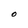
Character: O